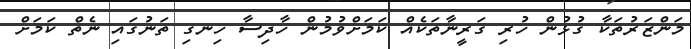
މަންޒަރުތަކާ ގުޅުން ހުރި ގަރީނާތަކެއް ކަމަށްވުމުން ހާދިސާ ހިނގި ތަނުގައި ނެތް ކަމަށް